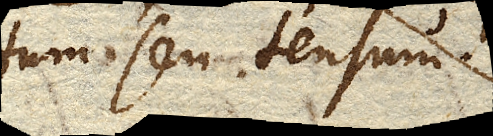
tum seu tensum.